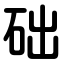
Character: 础